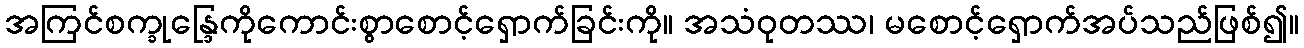
အကြင်စက္ခုန္ဒြေကိုကောင်းစွာစောင့်ရှောက်ခြင်းကို။ အသံဝုတဿ၊ မစောင့်ရှောက်အပ်သည်ဖြစ်၍။